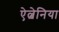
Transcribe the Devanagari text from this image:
ऐल्बेनिया